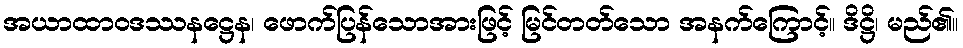
အယာထာဝဒဿနဋ္ဌေန၊ ဖောက်ပြန်သောအားဖြင့် မြင်တတ်သော အနက်ကြောင့်။ ဒိဋ္ဌိ၊ မည်၏။